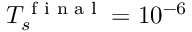
T _ { s } ^ { \textnormal { f i n a l } } = 1 0 ^ { - 6 }